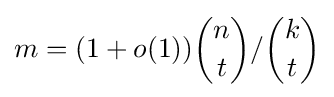
m=(1+o(1)){n \choose t}/{k \choose t}